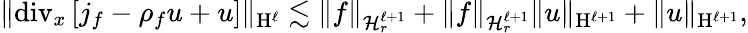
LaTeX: \begin{array}{r}{\Vert\mathrm{div}_{x}\left[j_{f}-\rho_{f}u+u\right]\Vert_{\mathrm{H}^{\ell}}\lesssim\Vert f\Vert_{\mathcal{H}_{r}^{\ell+1}}+\Vert f\Vert_{\mathcal{H}_{r}^{\ell+1}}\Vert u\Vert_{\mathrm{H}^{\ell+1}}+\Vert u\Vert_{\mathrm{H}^{\ell+1}},}\end{array}